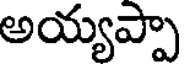
అయ్యప్పా